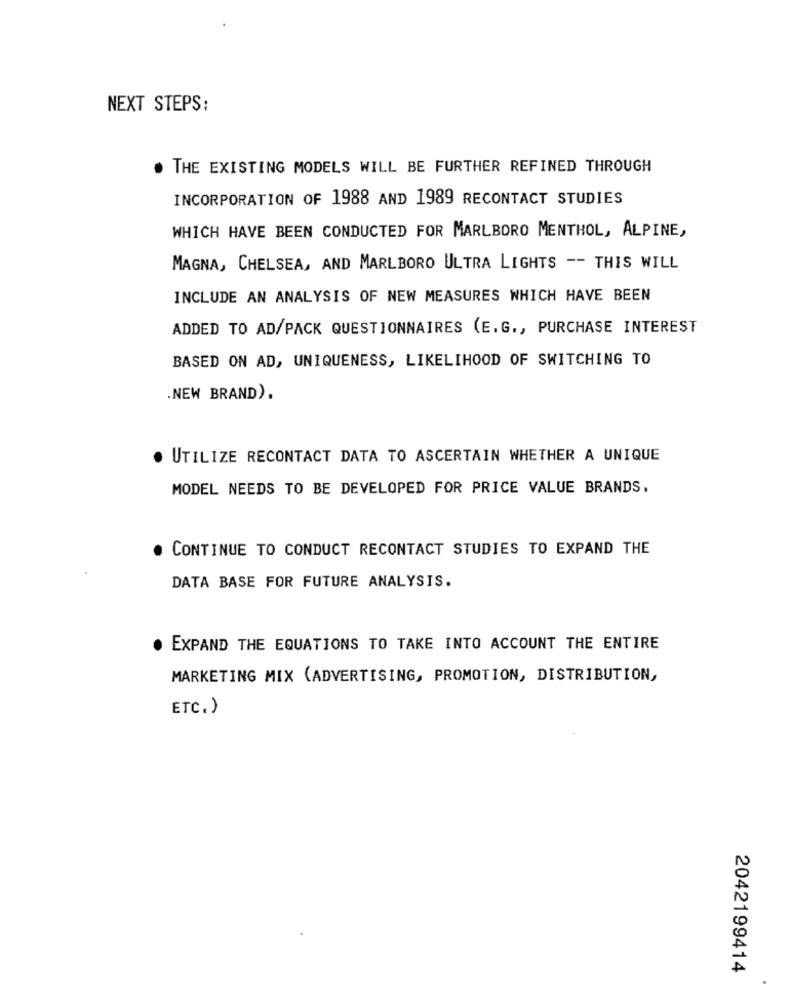
NEXT STEPS:
THE EXISTING MODELS WILL BE FURTHER REFINED THROUGH
INCORPORATION OF 1988 AND 1989 RECONTACT STUDIES
WHICH HAVE BEEN CONDUCTED FOR MARLBORO MENTHOL, ALPINE,
MAGNA, CHELSEA, AND MARLBORO ULTRA LIGHTS -- THIS WILL
INCLUDE AN ANALYSIS OF NEW MEASURES WHICH HAVE BEEN
ADDED TO AD/PACK QUESTIONNAIRES (E.G ., PURCHASE INTEREST
BASED ON AD, UNIQUENESS, LIKELIHOOD OF SWITCHING TO
.NEW BRAND).
. UTILIZE RECONTACT DATA TO ASCERTAIN WHETHER A UNIQUE
MODEL NEEDS TO BE DEVELOPED FOR PRICE VALUE BRANDS.
. CONTINUE TO CONDUCT RECONTACT STUDIES TO EXPAND THE
DATA BASE FOR FUTURE ANALYSIS.
. EXPAND THE EQUATIONS TO TAKE INTO ACCOUNT THE ENTIRE
MARKETING MIX (ADVERTISING, PROMOTION, DISTRIBUTION,
ETC.)
2042199414
.